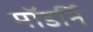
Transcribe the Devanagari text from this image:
मॉडर्नि